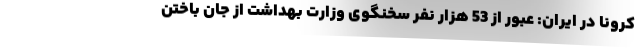
کرونا در ایران: عبور از 53 هزار نفر سخنگوی وزارت بهداشت از جان باختن